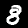
Label: 8